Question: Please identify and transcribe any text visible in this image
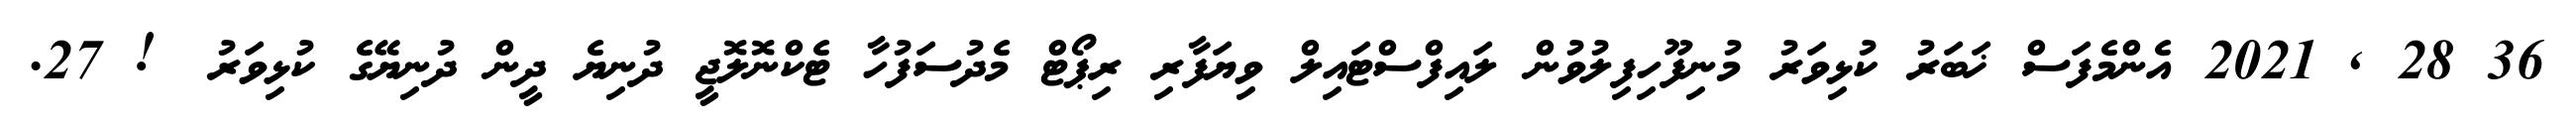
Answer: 36 28 , 2021 އެންމެފަސް ޚަބަރު ކުޅިވަރު މުނިފޫހިފިލުވުން ލައިފްސްޓައިލް ވިޔަފާރި ރިޕޯޓް މެދުސަފުހާ ޓެކްނޮލޮޖީ ދުނިޔެ ދީން ދުނިޔޭގެ ކުޅިވަރު ?! 27.